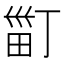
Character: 𤱹